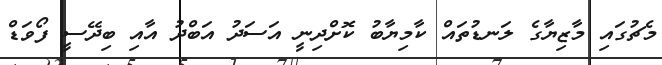
މެޗުގައި މާޒިޔާގެ ލަނޑުތައް ކާމިޔާބު ކޮށްދިނީ އަަސަދު އަބްދު އާއި ބިދޭސީ ފޯވަޑް